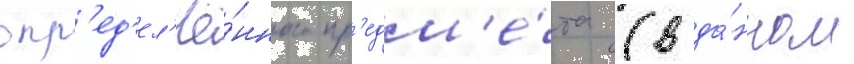
опр'ед'ел'ё́нного пр'едм'е́та (в да́нном